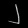
Digit: ၂